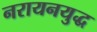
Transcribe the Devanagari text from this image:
नरायनयुद्ध